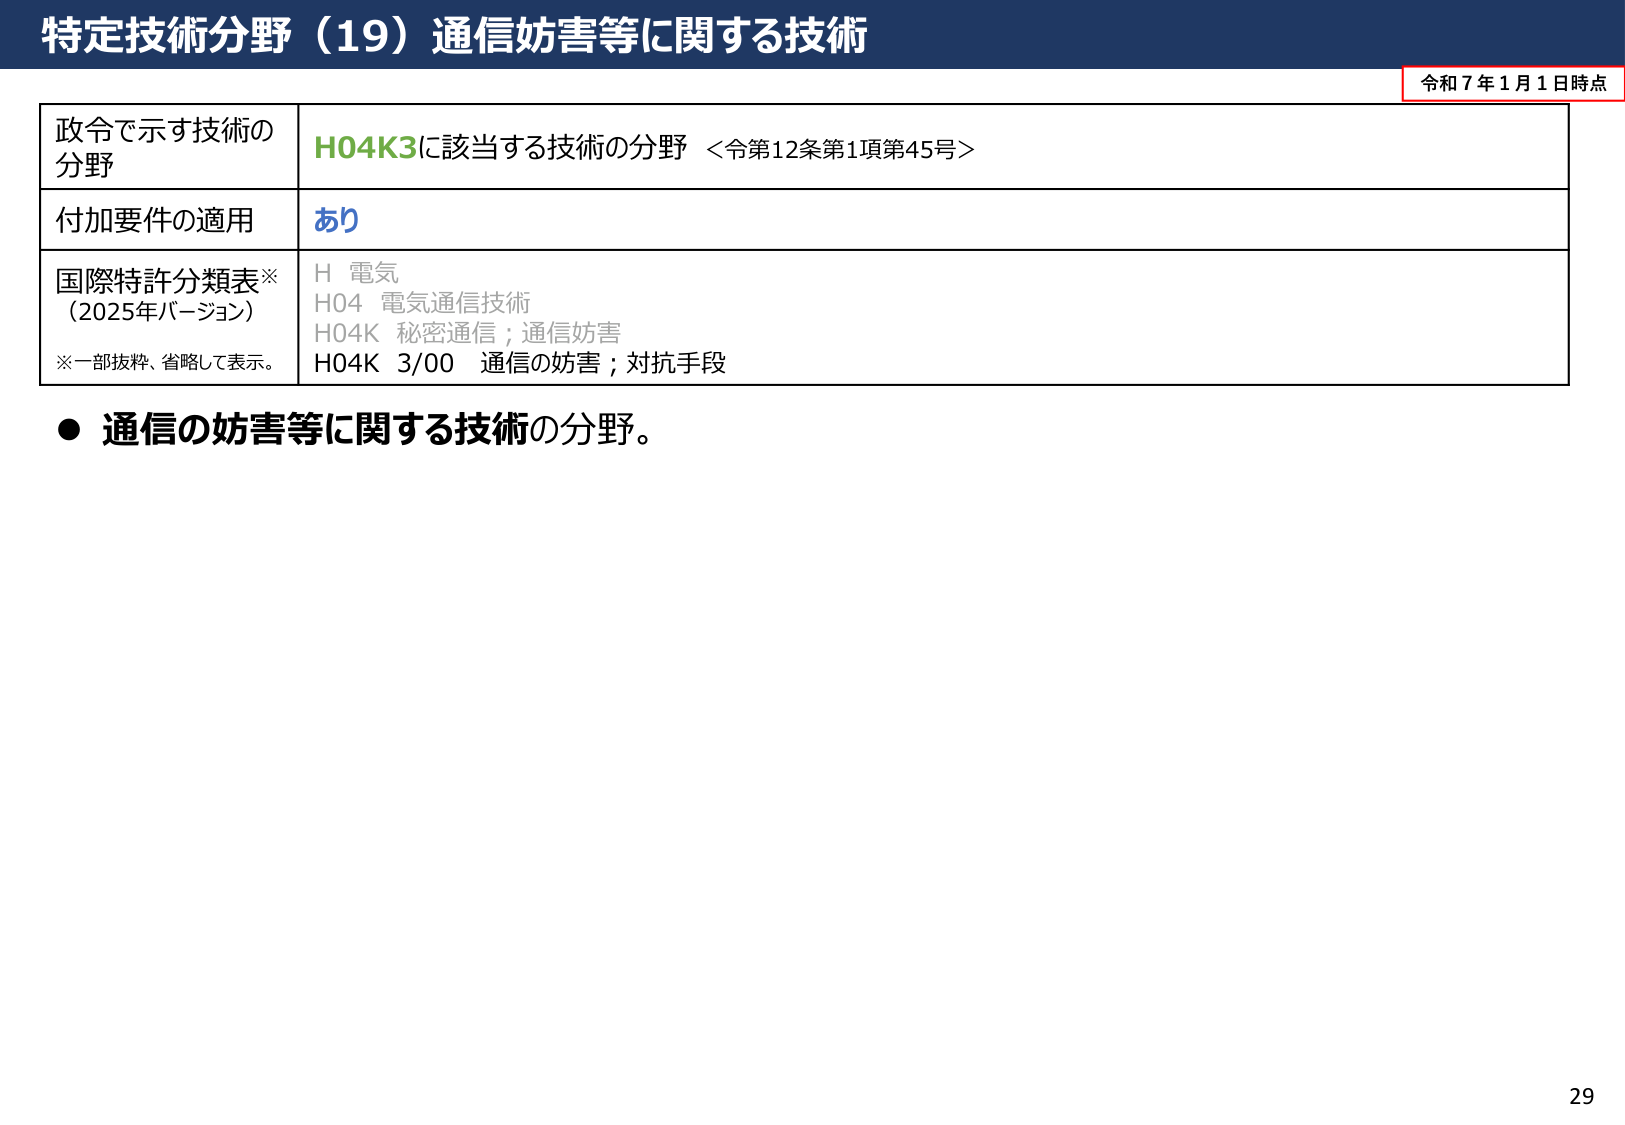
特定技術分野（19）通信妨害等に関する技術

令和７年１月１日時点

政令で示す技術の
分野
H04K3に該当する技術の分野 ＜令第12条第1項第45号＞

付加要件の適用
あり

国際特許分類表※
（2025年バージョン）
※一部抜粋、省略して表示。
H 電気
H04 電気通信技術
H04K 秘密通信；通信妨害
H04K 3/00 通信の妨害；対抗手段

● 通信の妨害等に関する技術の分野。

29